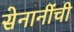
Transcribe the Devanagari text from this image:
सेनानींची